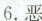
6.恶